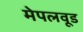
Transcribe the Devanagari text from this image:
मेपलवूड